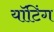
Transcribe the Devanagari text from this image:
यॉटिंग